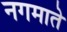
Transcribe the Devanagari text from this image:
नगमाते